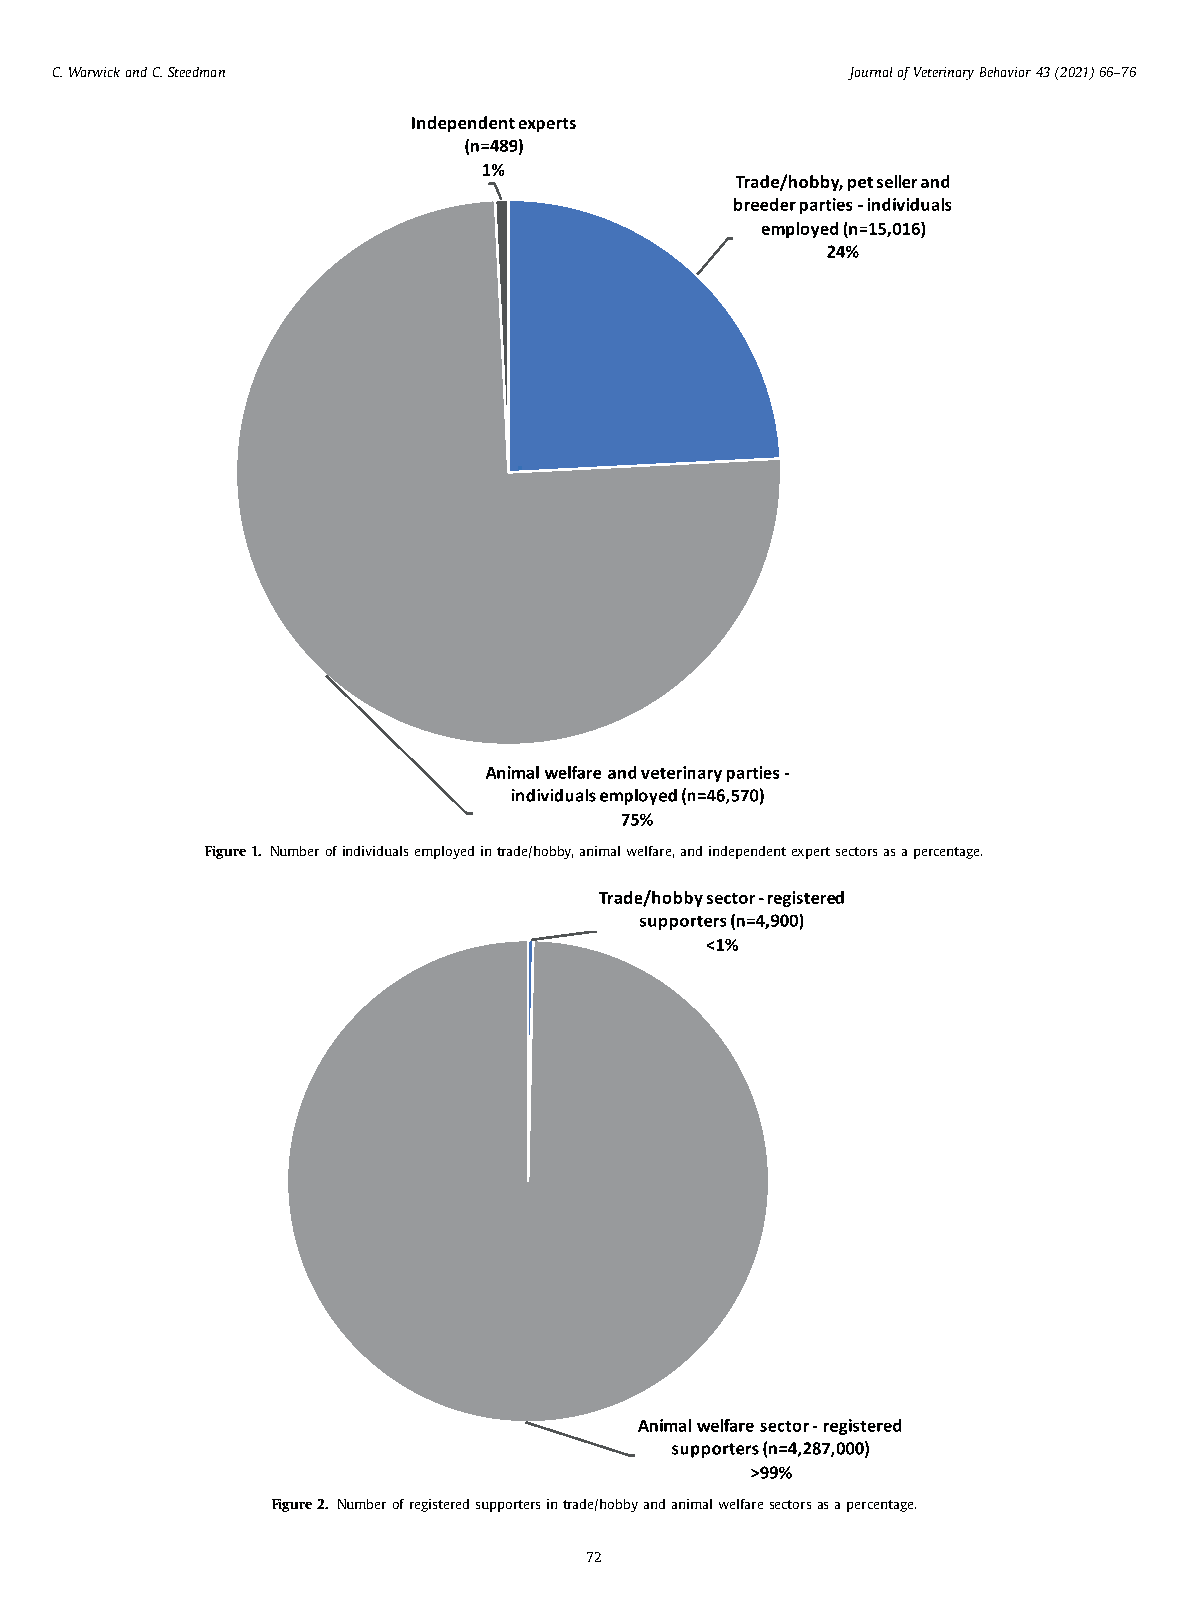
C. Warwick and C. Steedman                           Journal of Veterinary Behavior 43 (2021) 66–76
 Figure 1. Number of individuals employed in trade/hobby, animal welfare, and independent expert sectors as a percentage.
 Figure 2. Number of registered supporters in trade/hobby and animal welfare sectors as a percentage.
 72